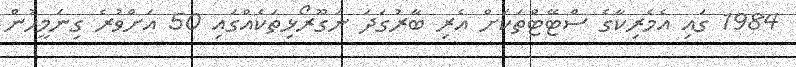
1984 ގައި އެމެރިކާގެ ސްޓޭޓްތަކަށް އެރި ބާރުގަދަ ނަގޫރޯޅިތަކެއްގައި 50 އަށްވުރެ ގިނަމީހުން